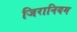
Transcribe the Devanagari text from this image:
जिरानियम